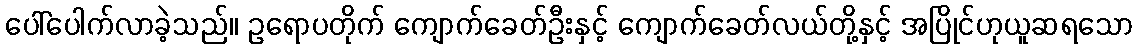
ပေါ်ပေါက်လာခဲ့သည်။ ဥရောပတိုက် ကျောက်ခေတ်ဦးနှင့် ကျောက်ခေတ်လယ်တို့နှင့် အပြိုင်ဟုယူဆရသော